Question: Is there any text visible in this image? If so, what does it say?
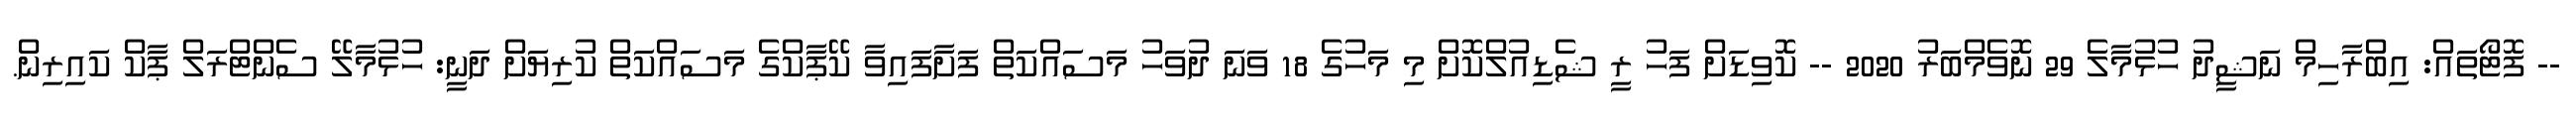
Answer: -- ފޮޓޯތައް: އިބްރާހިމް ނަޝީދު ހުޅުމާލެ 29 ނޮވެމްބަރު 2020 -- ކޮވިޑަށް ފަހު ރީ ޝެޑިއުލްކޮށް މި މަހުގެ 18 ވަނަ ދުވަހު މަސައްކަތް ފަށާފައިވާ ކޭޕާކްގެ މަސައްކަތް ކުރިޔަށް ދަނީ: ހުޅުމާލޭ ސެންޓްރަލް ޕާކް ކައިރިން.